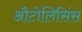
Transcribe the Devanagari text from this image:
औटोलिसिंस